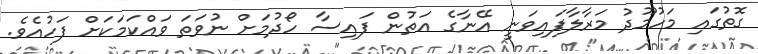
ގޮތުގައި މަހުމޫދު މަރާލާފައިވަނީ އޭނާގެ އަތުން ފައިސާ ހޯދުމަށް ނުވަތަ ވައްކަމަކަށް ފަހުއެވެ.